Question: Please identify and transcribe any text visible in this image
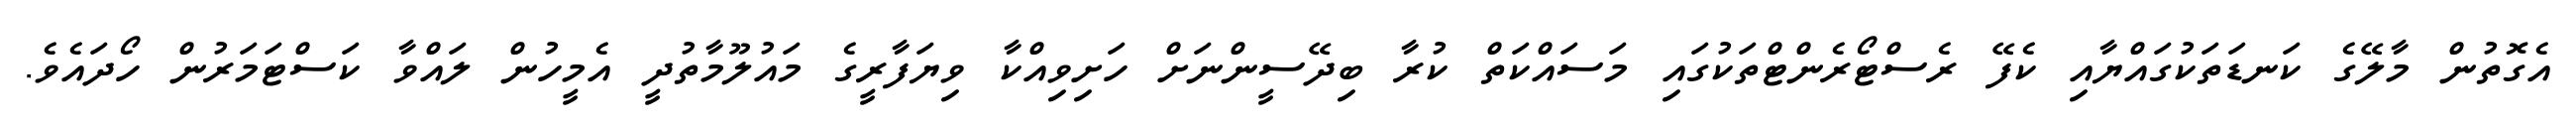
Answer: އެގޮތުން މާލޭގެ ކަނޑަތަކުގައްޔާއި ކެފޭ ރެސްޓޯރެންޓްތަކުގައި މަސައްކަތް ކުރާ ބިދޭސީންނަށް ހަށިވިއްކާ ވިޔަފާރީގެ މައުލޫމާތުދީ އެމީހުން ލައްވާ ކަސްޓަމަރުން ހޯދައެވެ.